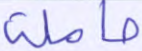
حاملة